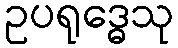
ဥပရုဒ္ဓေသု